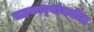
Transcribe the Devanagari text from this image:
सहकार्‍यांमधील